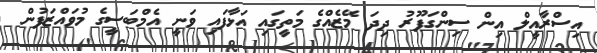
އިސްރާއީލް އިން ސިންގަޕޫރު ދިދަ މޭޒެއްގެ މަތީގައި އަޅާފައި ވަނީ އެމްބަސީގެ މުވައްޒަފުން